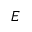
E